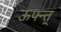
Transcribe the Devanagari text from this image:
ऊफ्न्त्